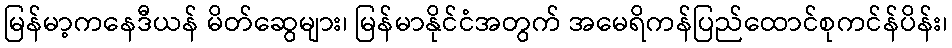
မြန်မာ့ကနေဒီယန် မိတ်ဆွေများ၊ မြန်မာနိုင်ငံအတွက် အမေရိကန်ပြည်ထောင်စုကင်န်ပိန်း၊